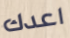
اعدك